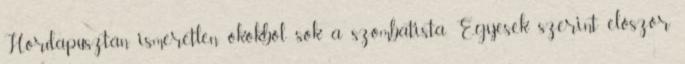
Hordapusztán ismeretlen okokból sok a szombatista. Egyesek szerint először